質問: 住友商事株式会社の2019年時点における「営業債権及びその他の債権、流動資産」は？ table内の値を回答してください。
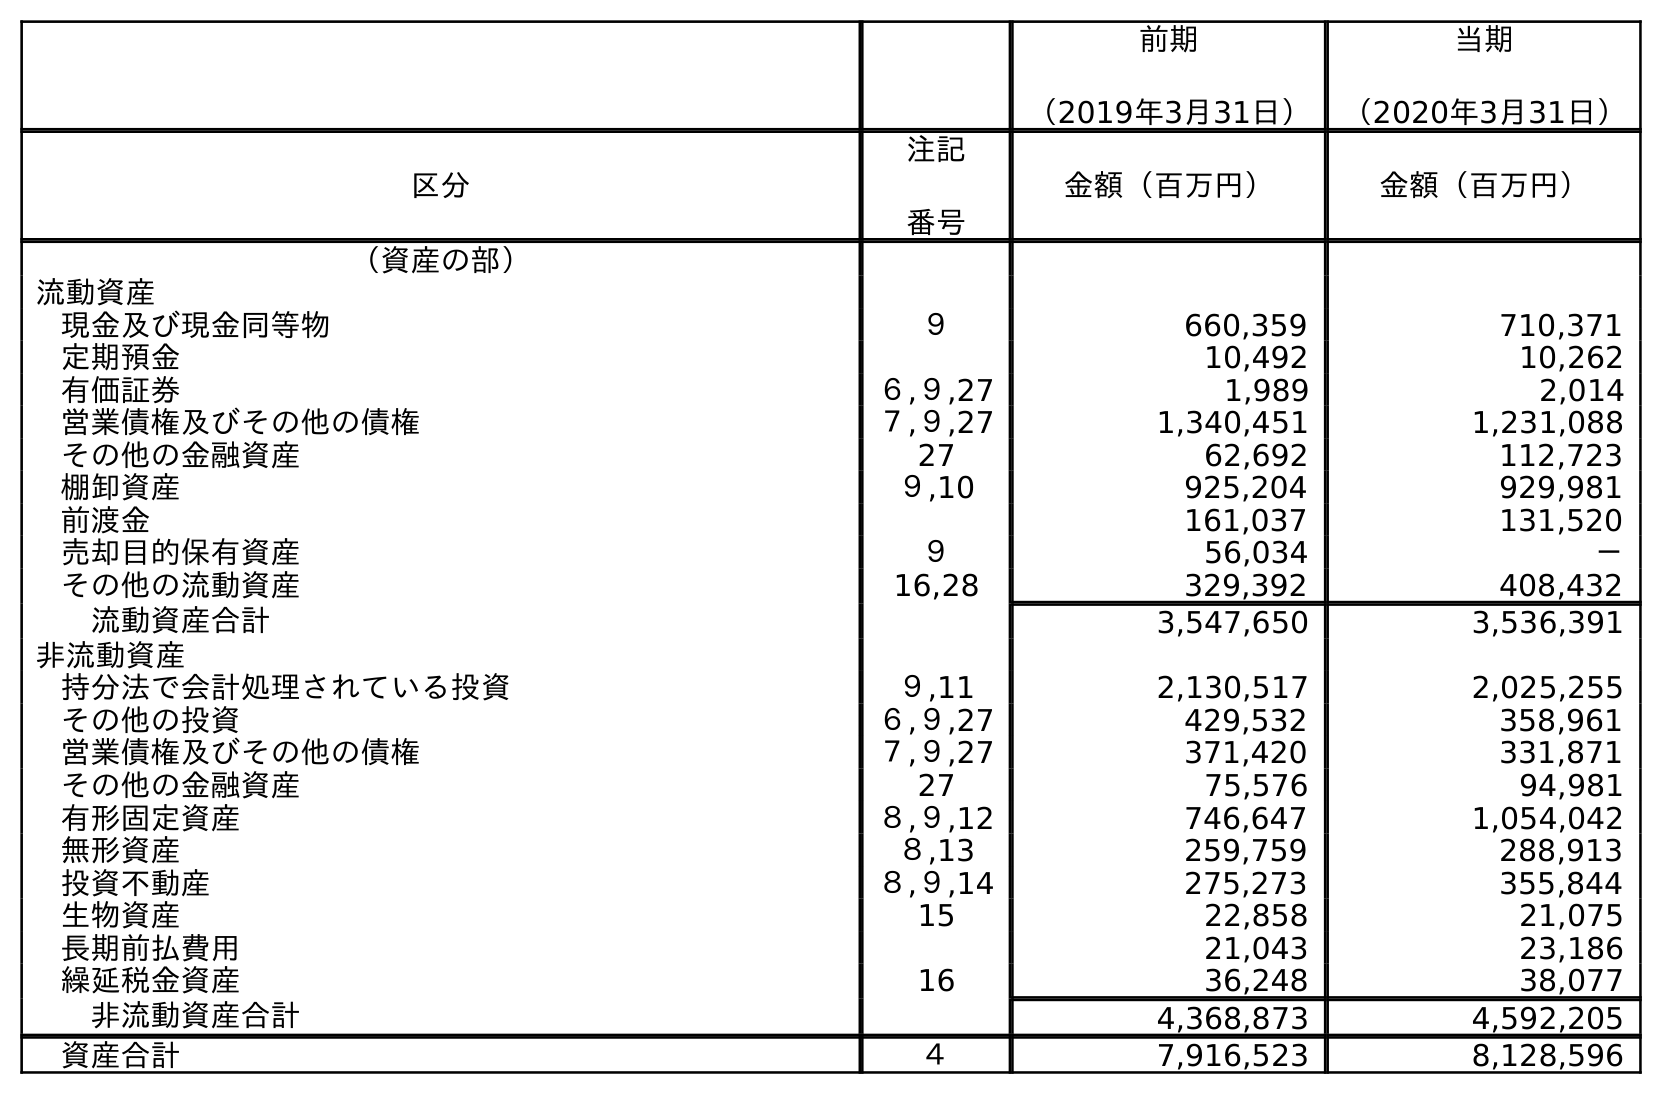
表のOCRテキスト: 前期 （2019年3月31日） 当期 （2020年3月31日） 区分 注記 番号 金額（百万円） 金額（百万円） （資産の部） 流動資産 現金及び現金同等物 ９ 660,359 710,371 定期預金 10,492 10,262 有価証券 ６,９,27 1,989 2,014 営業債権及びその他の債権 ７,９,27 1,340,451 1,231,088 その他の金融資産 27 62,692 112,723 棚卸資産 ９,10 925,204 929,981 前渡金 161,037 131,520 売却目的保有資産 ９ 56,034 － その他の流動資産 16,28 329,392 408,432 流動資産合計 3,547,650 3,536,391 非流動資産 持分法で会計処理されている投資 ９,11 2,130,517 2,025,255 その他の投資 ６,９,27 429,532 358,961 営業債権及びその他の債権 ７,９,27 371,420 331,871 その他の金融資産 27 75,576 94,981 有形固定資産 ８,９,12 746,647 1,054,042 無形資産 ８,13 259,759 288,913 投資不動産 ８,９,14 275,273 355,844 生物資産 15 22,858 21,075 長期前払費用 21,043 23,186 繰延税金資産 16 36,248 38,077 非流動資産合計 4,368,873 4,592,205 資産合計 ４ 7,916,523 8,128,596
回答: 1,340,451